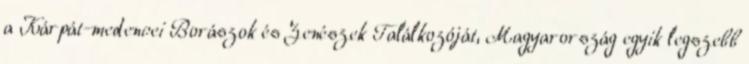
a Kárpát-medencei Borászok és Zenészek Találkozóját, Magyarország egyik legszebb